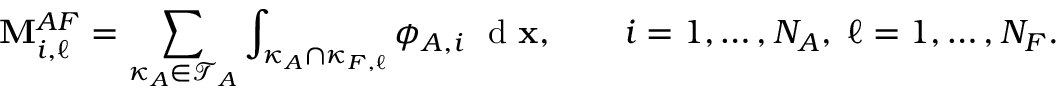
\mathbf { M } _ { i , \ell } ^ { A F } = \sum _ { \kappa _ { A } \in \mathcal { T } _ { A } } \int _ { \kappa _ { A } \cap \kappa _ { F , \ell } } \phi _ { A , i } \ \mathrm { ~ d ~ } \mathbf { x } , \qquad i = 1 , \dots , N _ { A } , \; \ell = 1 , \dots , N _ { F } .